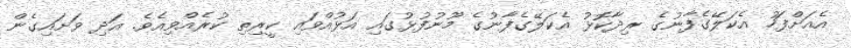
އެއަށްފަހު އެކަލޭގެފާނުގެ ރިދާކޮޅު އެކަލޭގެފާނުގެ މޫނުފުޅުގައި އަޅުއްވައި ކީރިތި ކުރެއްވިއެވެ. އަދި ވަށައިގެން